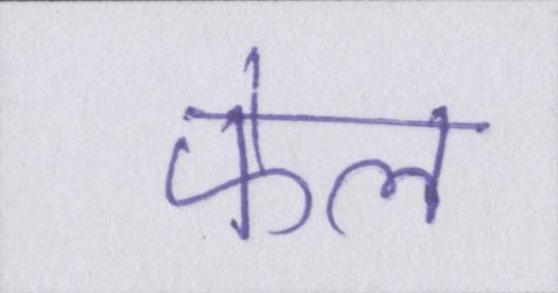
फेल